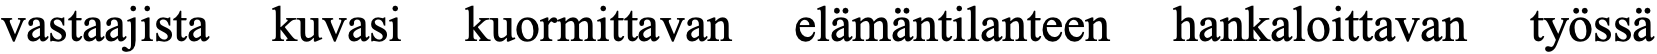
vastaajista kuvasi kuormittavan elämäntilanteen hankaloittavan työssä